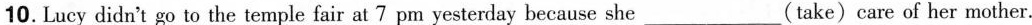
10. Lucy didn't go to the temple fair at 7 pm yesterday because she___(take)care of her mother.